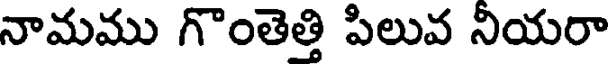
నామము గొంతెత్తి పిలువ నియరా